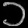
Digit: ၁